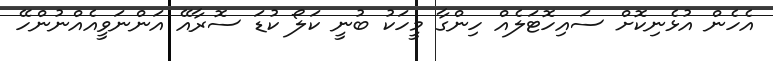
އެހެން އުޅެނިކޮށް ސައިހޮޓަލެއް ހިންގާ މީހަކު ބުނީ ކަލޯ ކުޑަ ސޮރާއޭ އަންނަވީއެއްނުންހޭ